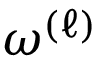
\omega ^ { ( \ell ) }